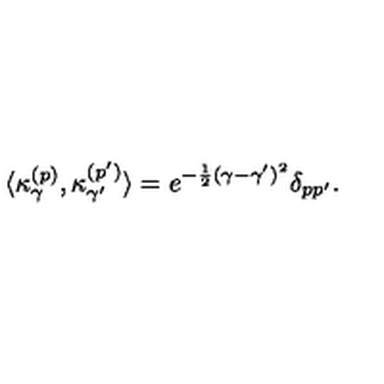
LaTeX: \langle \kappa _ { \gamma } ^ { ( p ) } , \kappa _ { \gamma ^ { \prime } } ^ { ( p ^ { \prime } ) } \rangle = e ^ { - { \frac { 1 } { 2 } } ( \gamma - \gamma ^ { \prime } ) ^ { 2 } } \delta _ { p p ^ { \prime } } .